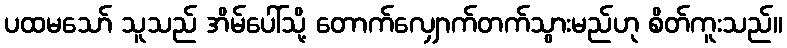
ပထမသော် သူသည် အိမ်ပေါ်သို့ တောက်လျှောက်တက်သွားမည်ဟု စိတ်ကူးသည်။